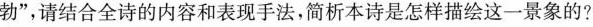
勃”，请结合全诗的内容和表现手法，简析本诗是怎样描绘这一景象的?